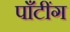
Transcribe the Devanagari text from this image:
पाँटींग